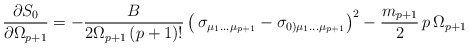
\begin{align*}{\partial S_0\over\partial \Omega_{p+1}}= -{B\over 2\Omega_{p+1}\, (p+1)! }\left(\,\sigma_{\mu_1\dots\mu_{p+1}}-\sigma_{0)\mu_1\dots\mu_{p+1}}\right)^2-\frac{m_{p+1}}{2}\, p\, \Omega_{p+1}\,\end{align*}